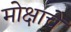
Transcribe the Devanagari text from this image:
मोक्षाचें